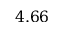
4 . 6 6